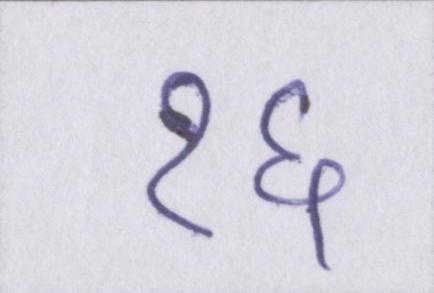
१६